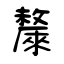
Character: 斄